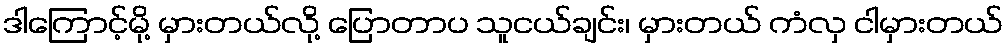
ဒါကြောင့်မို့ မှားတယ်လို့ ပြောတာပ သူငယ်ချင်း၊ မှားတယ် ကံလှ ငါမှားတယ်